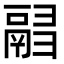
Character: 𩰸